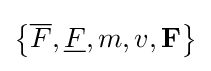
\left\{{\overline {F}},{\underline {F}},m,v,\mathbf {F} \right\}